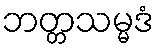
ဘတ္တသမ္မဒံ